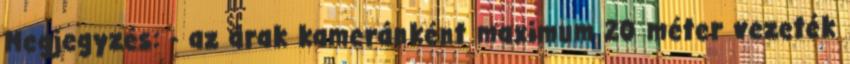
Megjegyzés: - az árak kameránként maximum 20 méter vezeték